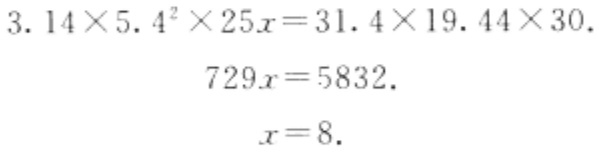
\[
\begin{align*}
3.14\times5.4^{2}\times25x&=31.4\times19.44\times30\\
729x&=5832\\
x&=8
\end{align*}
\]